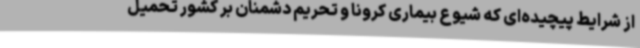
از شرایط پیچیده‌ای که شیوع بیماری کرونا و تحریم دشمنان بر کشور تحمیل